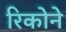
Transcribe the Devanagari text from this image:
रिकोने